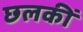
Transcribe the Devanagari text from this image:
छलकीं